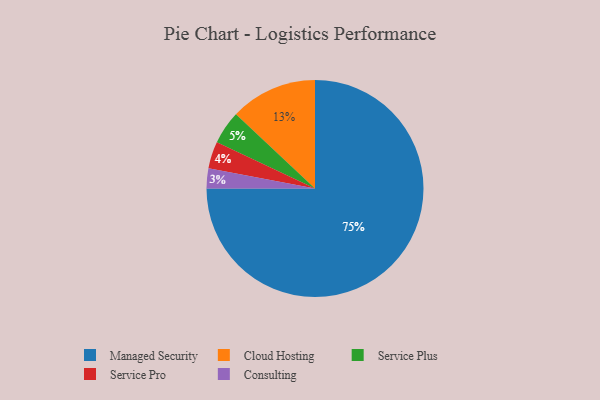
{"axis": {"x": "Category", "y": "Percentage"}, "legend": ["Cloud Hosting", "Consulting", "Managed Security", "Service Plus", "Service Pro"], "data": [{"x": "Service Plus", "y": 5, "type": "Service Plus"}, {"x": "Managed Security", "y": 75, "type": "Managed Security"}, {"x": "Consulting", "y": 3, "type": "Consulting"}, {"x": "Cloud Hosting", "y": 13, "type": "Cloud Hosting"}, {"x": "Service Pro", "y": 4, "type": "Service Pro"}]}